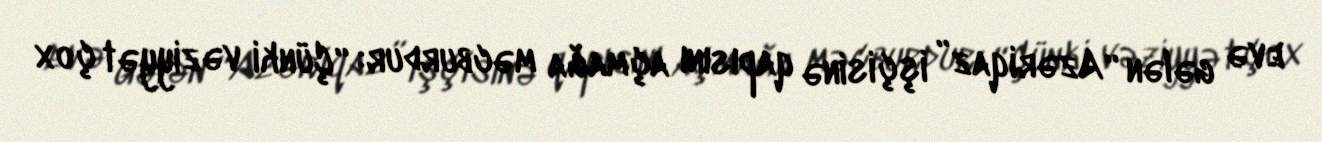
evə gələn “Azəriqaz” işçisinə qapısını açmağa məcburdur: “Çünki vəziyyət çox